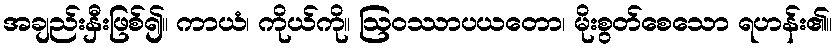
အချည်းနှီးဖြစ်၍။ ကာယံ၊ ကိုယ်ကို။ ဩဝဿာပယတော၊ မိုးစွတ်စေသော ရဟန်း၏။